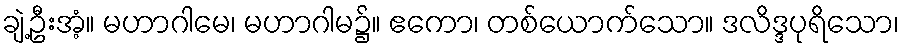
ချဲ့ဦးအံ့။ မဟာဂါမေ၊ မဟာဂါမ၌။ ဧကော၊ တစ်ယောက်သော။ ဒလိဒ္ဒပုရိသော၊